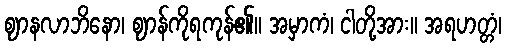
ဈာနလာဘိနော၊ ဈာန်ကိုရကုန်၏။ အမှာကံ၊ ငါတို့အား။ အရဟတ္တံ၊